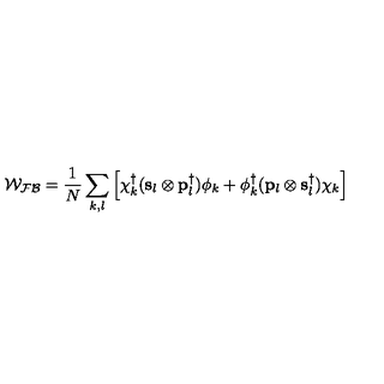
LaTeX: { \mathcal { W _ { F B } } } = \frac { 1 } { N } \sum _ { k , l } \left[ { \bf { \chi } } _ { k } ^ { \dag } ( { \bf { s } } _ { l } \otimes { \bf { p } } _ { l } ^ { \dag } ) \phi _ { k } + \phi _ { k } ^ { \dag } ( { \bf { p } } _ { l } \otimes { \bf { s } } _ { l } ^ { \dag } ) \chi _ { k } \right]